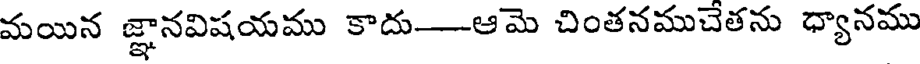
మయిన జ్ఞానవిషయము కాదు---ఆమె చింతనముచేతను ధ్యానము